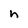
Character: n